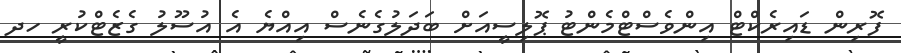
ފޮރިން ޑައިރެކްޓް އިންވެސްޓްމެންޓު ޕޮލިސީއަށް ބަދަލުގެނެސް އިއްޔެ އެ އުސޫލު ގެޒެޓްކުރީ ހދ